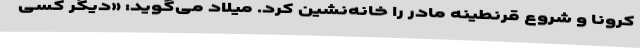
کرونا و شروع قرنطینه مادر را خانه‌نشین کرد. میلاد می‌گوید: «دیگر کسی